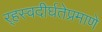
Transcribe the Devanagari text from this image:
र्‍हस्वदीर्घतेप्रमाणे